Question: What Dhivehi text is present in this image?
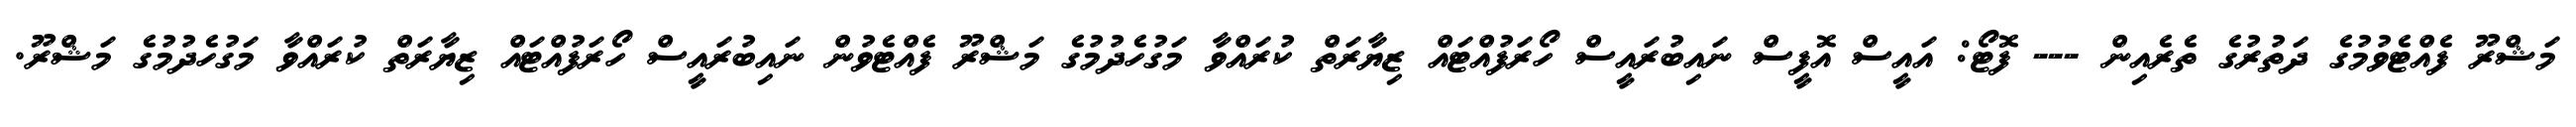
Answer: މަޝްރޫ ފެއްޓެވުމުގެ ދަތުރުގެ ތެރެއިން --- ފޮޓޯ: އައީސް އޮފީސް ނައިބުރައީސް ހޯރަފުއްޓައް ޒިޔާރަތް ކުރައްވާ މަގުހެދުމުގެ މަޝްރޫ ފެއްޓެވުން ނައިބުރައީސް ހޯރަފުއްޓައް ޒިޔާރަތް ކުރައްވާ މަގުހެދުމުގެ މަޝްރޫ.